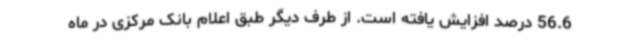
56.6 درصد افزایش یافته است. از طرف دیگر طبق اعلام بانک مرکزی در ماه